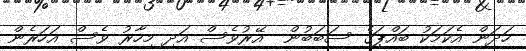
ހަދަން އެކަމަކު ބައްޕަގެ ސަބަބުން  އޭރުވެސް އަދި މިހާރު ވެސް އަހަރެން